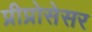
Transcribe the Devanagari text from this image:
प्रीप्रोसेसर